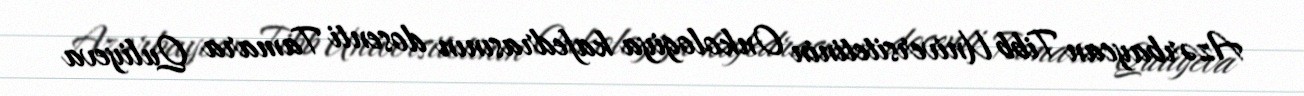
Azərbaycan Tibb Universitetinin Onkologiya kafedrasının dosenti Tamara Quliyeva